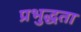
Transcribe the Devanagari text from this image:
प्रभुद्धता